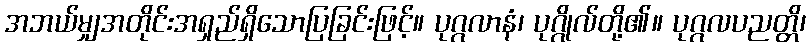
အဘယ်မျှအတိုင်းအရှည်ရှိသောပြခြင်းဖြင့်။ ပုဂ္ဂလာနံ၊ ပုဂ္ဂိုလ်တို့၏။ ပုဂ္ဂလပညတ္တိ၊